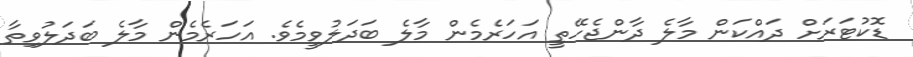
ޑޮކުޓަރަށް ދައްކަން މާލެ ދާންޖެހޭތީ އަހަރެމެން މާލެ ބަދަލުވީމެވެ. އަހަރެމެން މާލެ ބަދަލުވިތާ